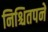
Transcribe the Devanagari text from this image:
निश्चितपने